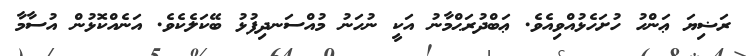
ރަޟިޔަ ޢަންހު ހުށަހެޅުއްވިއެވެ. ޢަބްދުރަޙްމާނު އަކީ ނުހަނު މުއްސަނދިފުޅު ބޭކަލެކެވެ. އަނެއްކޮޅުން އުސާމާ